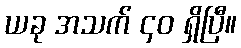
ယခု အသက် ၄၀ ရှိပြီ။